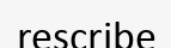
rescribe